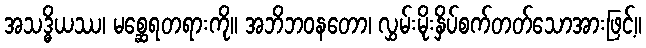
အသဒ္ဓိယဿ၊ မစ္ဆေရတရားကို။ အဘိဘဝနတော၊ လွှမ်းမိုးနှိပ်စက်တတ်သောအားဖြင့်။